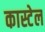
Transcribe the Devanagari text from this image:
कास्टेल